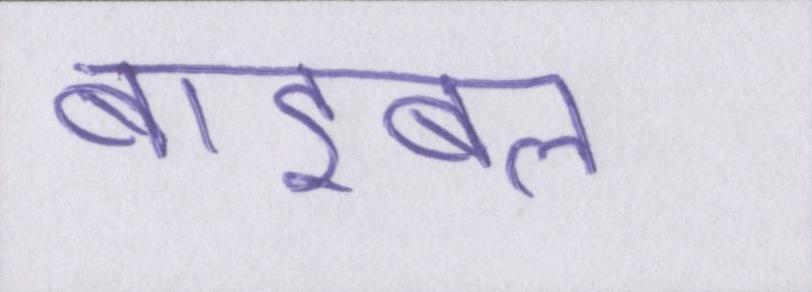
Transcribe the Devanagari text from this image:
बाइबल